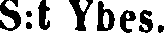
S:t Ybes.